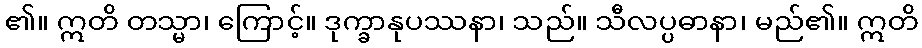
၏။ ဣတိ တသ္မာ၊ ကြောင့်။ ဒုက္ခာနုပဿနာ၊ သည်။ သီလပ္ပဓာနာ၊ မည်၏။ ဣတိ